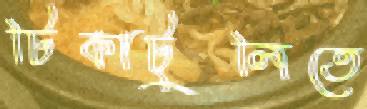
টিকাটুলিতে